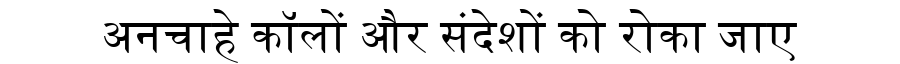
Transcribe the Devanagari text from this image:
अनचाहे कॉलों और संदेशों को रोका जाए